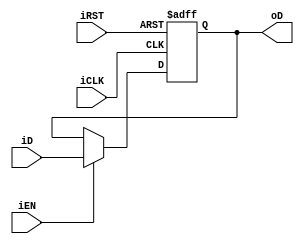
module D_REG #(parameter n = 64)(
        input iRST,iCLK,iEN,
        input [n-1:0] iD, //input Data
        output reg [n-1:0] oD //output Data
);

        always @(posedge iCLK,posedge iRST)
        begin
                if(iRST) // KEY[0](RST) == 0
                        oD <=  0;
                else if(iEN)
                        oD <= iD;
                else
                        oD <= oD;
        end

endmodule